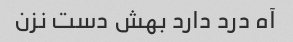
آه درد دارد بهش دست نزن